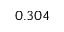
0 . 3 0 4